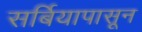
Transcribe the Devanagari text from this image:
सर्बियापासून